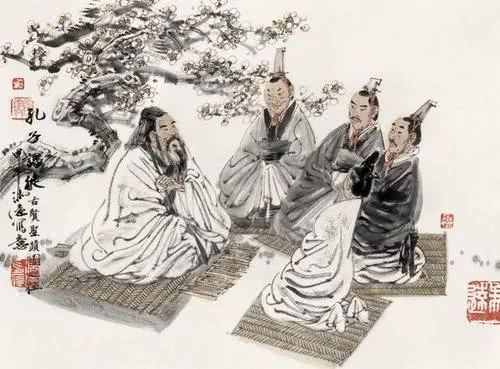
天地生君子，君子理天地。